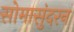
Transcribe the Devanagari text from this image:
सोमासुंदरन